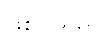
ဖြစ်ပါသည်